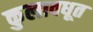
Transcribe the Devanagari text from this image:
कुलावधूत